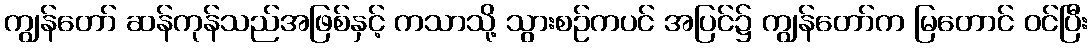
ကျွန်တော် ဆန်ကုန်သည်အဖြစ်နှင့် ကသာသို့ သွားစဉ်ကပင် အပြင်၌ ကျွန်တော်က မြတောင် ဝင်ပြီး